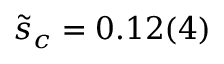
\tilde { s } _ { c } = 0 . 1 2 ( 4 )